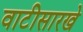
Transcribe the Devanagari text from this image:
वाटीसारखे